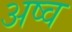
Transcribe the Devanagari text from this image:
अष्व